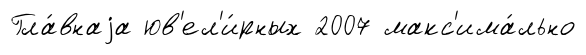
Гла́внаjа юв'ел'и́рных 2007 макс'има́льно